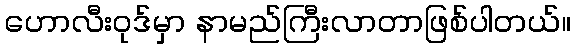
ဟောလီးဝုဒ်မှာ နာမည်ကြီးလာတာဖြစ်ပါတယ်။